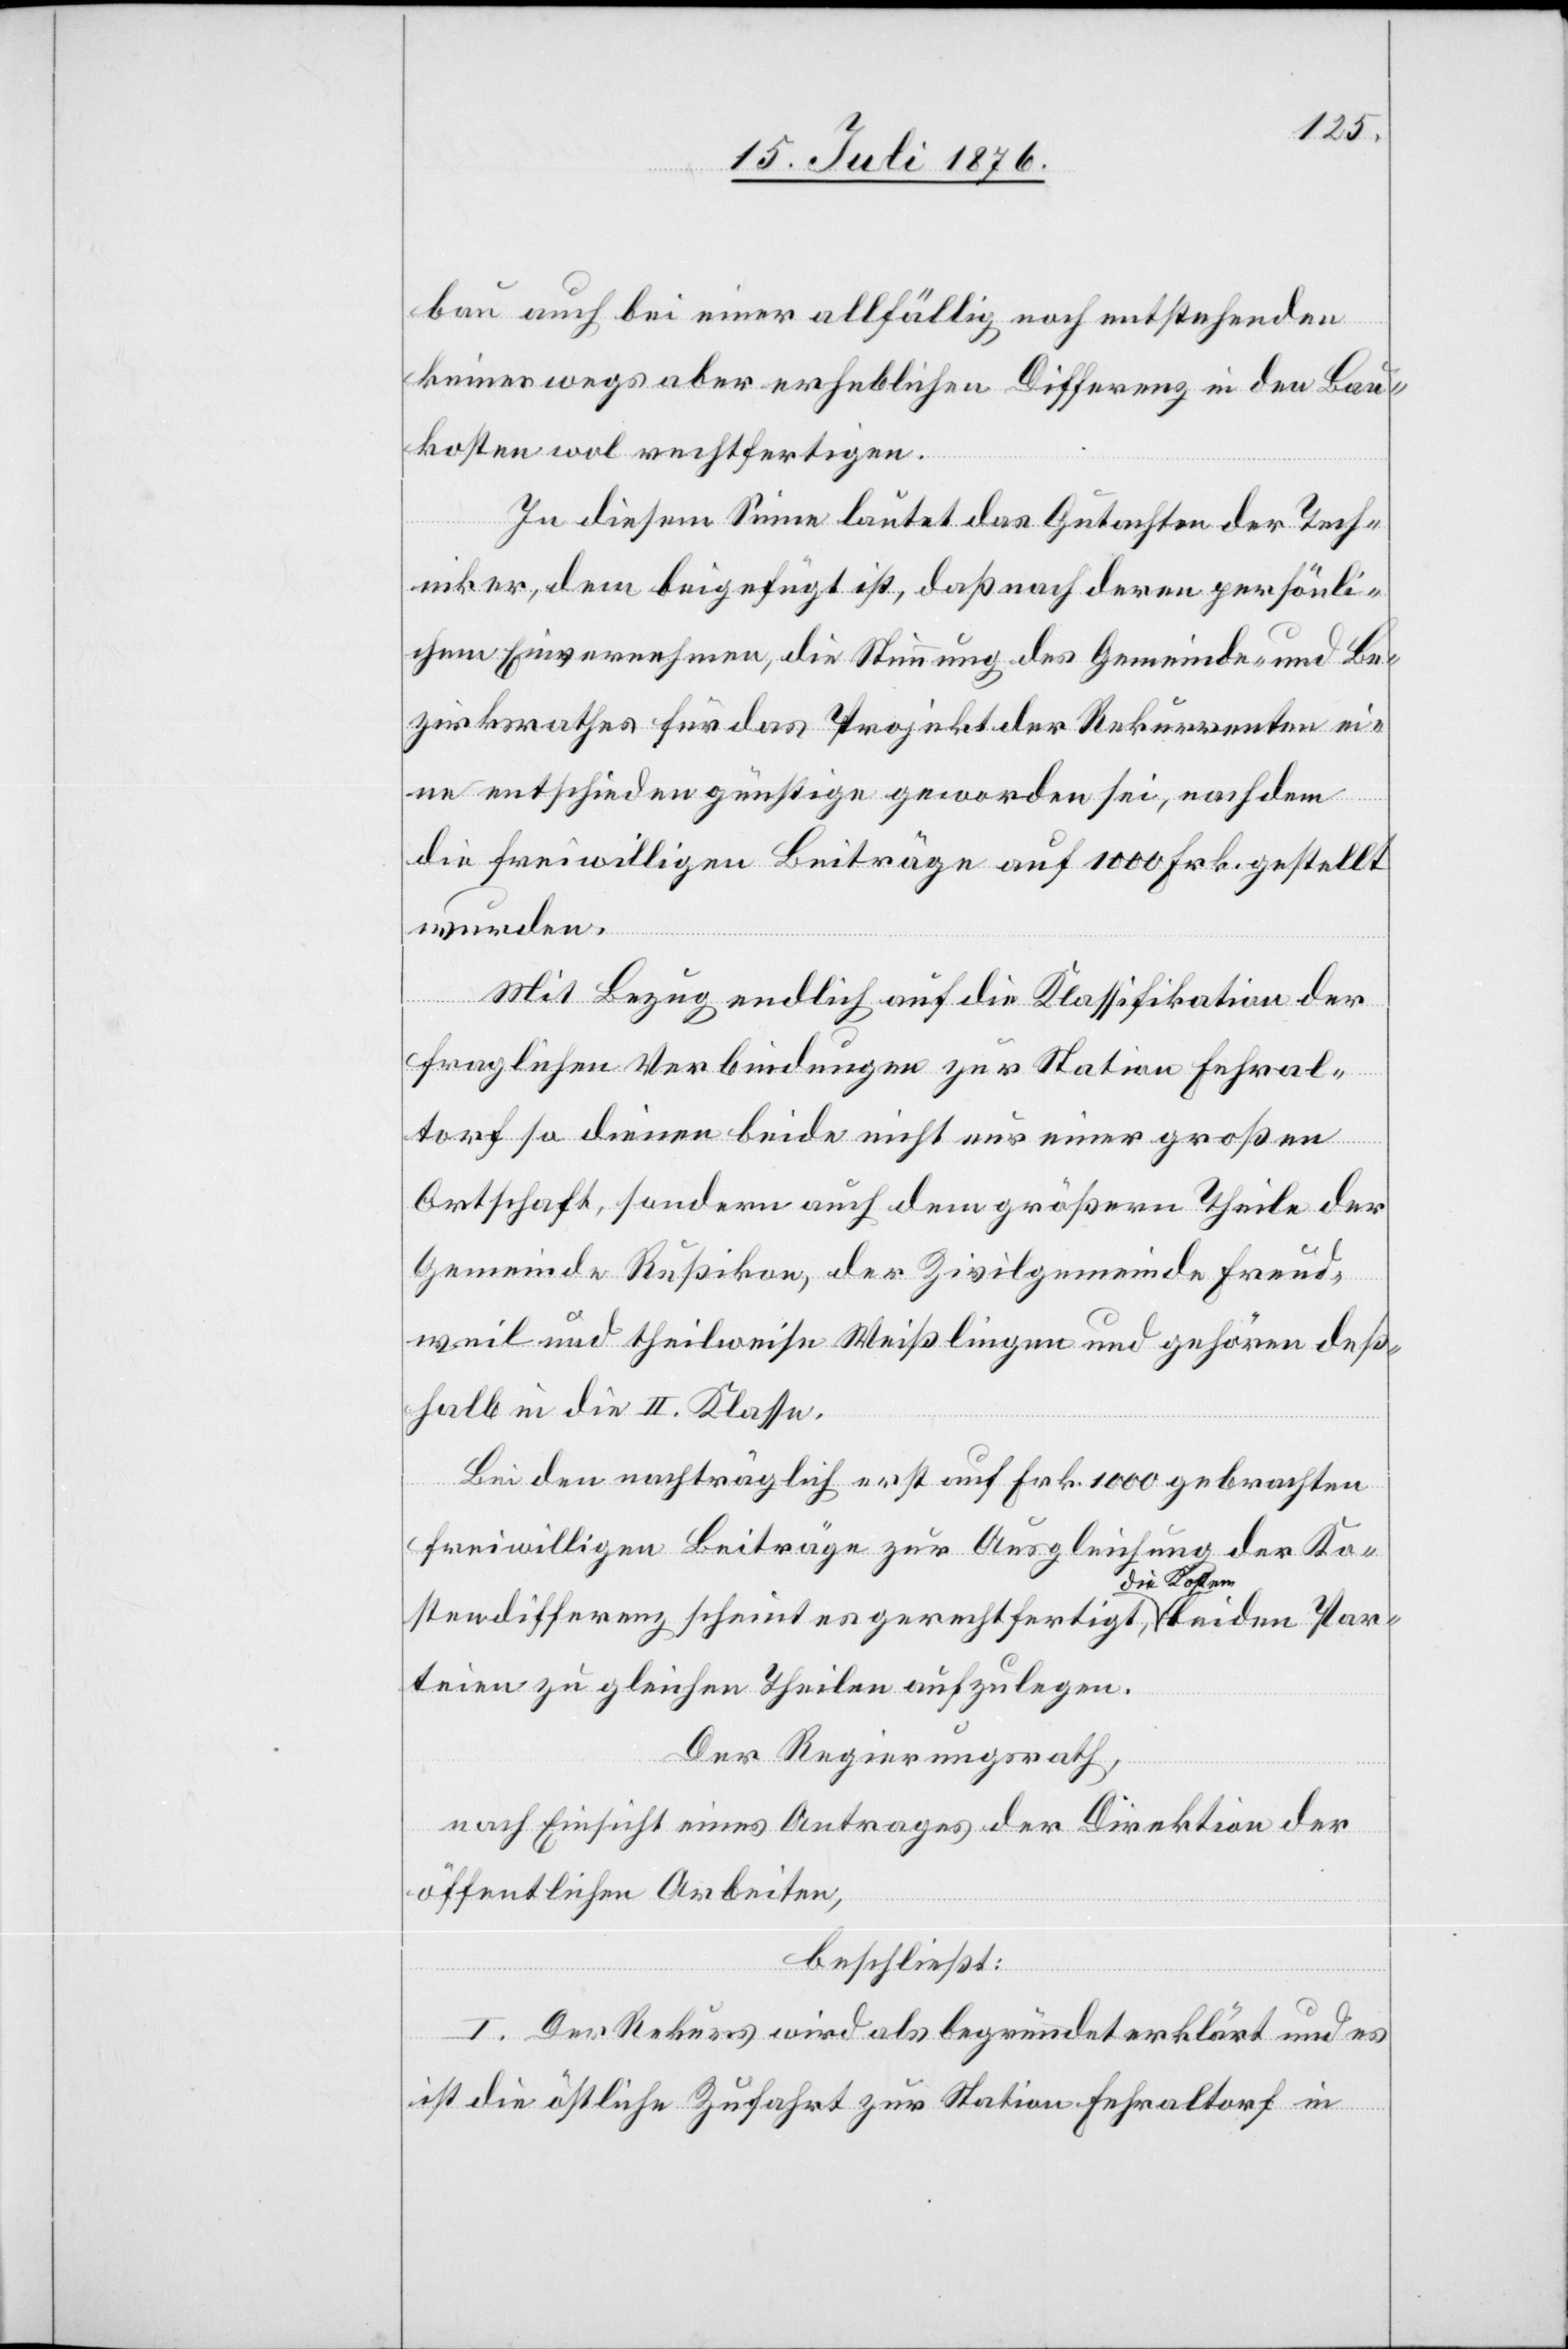
bau auch bei einer allfällig noch entstehenden
keineswegs aber erheblichen Differenz in den Bau¬
kosten wol rechtfertigen.
In diesem sinne lautet das Gutachten der Tech¬
niker, dem beigefügt ist, daß nach deren persönli¬
chem Einvernehmen, die Stimmung des Gemeinde- und Be¬
zirksrathes für das Projekt der Rekurrenten ei¬
ne entschieden günstige geworden sei, nachdem
die freiwilligen Beiträge auf 1000 Frk. gestellt
wurden.
Mit Bezug endlich auf die Klassifikation der
fraglichen Verbindungen zur Station Fehral¬
torf so dienen beide nicht nur einer großen
Ortschaft, sondern auch dem größern Theile der
Gemeinde Rußikon, der Zivilgemeinde Freud¬
weil und theilweise Weißlingen und gehören des¬
halb in die II. Klasse.
Bei den nachträglich erst auf Frk. 1000 gebrachten
freiwilligen Beiträge[n] zur Ausgleichung der Ko¬
stendifferenz scheint es gerechtfertigt, a die Kosten
Parteien zu gleichen Theilen aufzulegen.
Der Regierungsrath,
nach Einsicht eines Antrages der Direktion der
öffentlichen Arbeiten,
beschließt:
I. Der Rekurs wird als begründet erklärt und es
ist die östliche Zufahrt zur Station Fehraltorf in